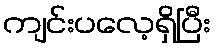
ကျင်းပလေ့ရှိပြီး